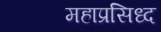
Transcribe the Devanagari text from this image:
महाप्रसिध्द